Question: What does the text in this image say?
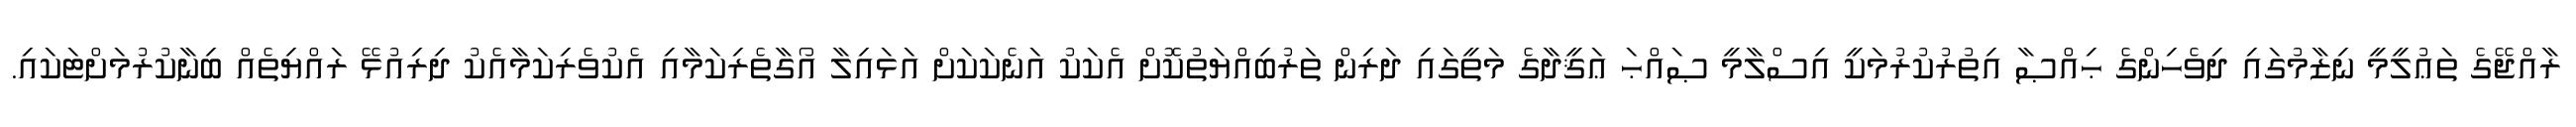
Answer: ރާއްޖޭގެ ތަޢުލީމީ ނިޒާމުގައި ދިވެހިންގެ ޙިއްޞާ އިތުރުކުރުމަކީ އިސްލާމީ ޞައްޙަ ޢަޤީދާގެ މަތީގައި ދަރިން ތަރުބިއްޔަތުކޮށް އެކަކު އަނެކަކަށް އަޅައިލާ އޯގާތެރިކަމާއި އެކުވެރިކަމާއެކު ދިރިއުޅޭ ރައްޔިތެއް ބިނާކުރުމަށްޓަކައި.